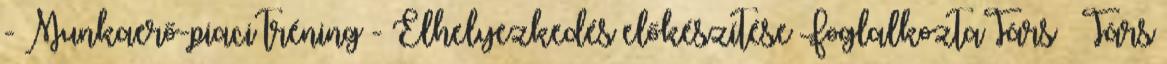
- Munkaerő-piaci tréning - Elhelyezkedés előkészítése FoglalkoztaTárs – Társ